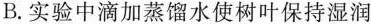
B.实验中滴加蒸馏水使树叶保持湿润